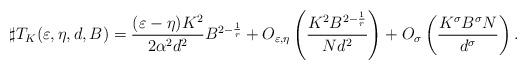
LaTeX: \begin{align*}\sharp T_K(\varepsilon,\eta, d,B)=\frac{(\varepsilon-\eta)K^2}{2\alpha^2 d^2}B^{2-\frac{1}{r}}+O_{\varepsilon,\eta}\left(\frac{K^2B^{2-\frac{1}{r}}}{N d^2}\right)+O_{\sigma}\left(\frac{K^\sigma B^\sigma N}{d^\sigma}\right).\end{align*}